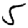
Digit: 5